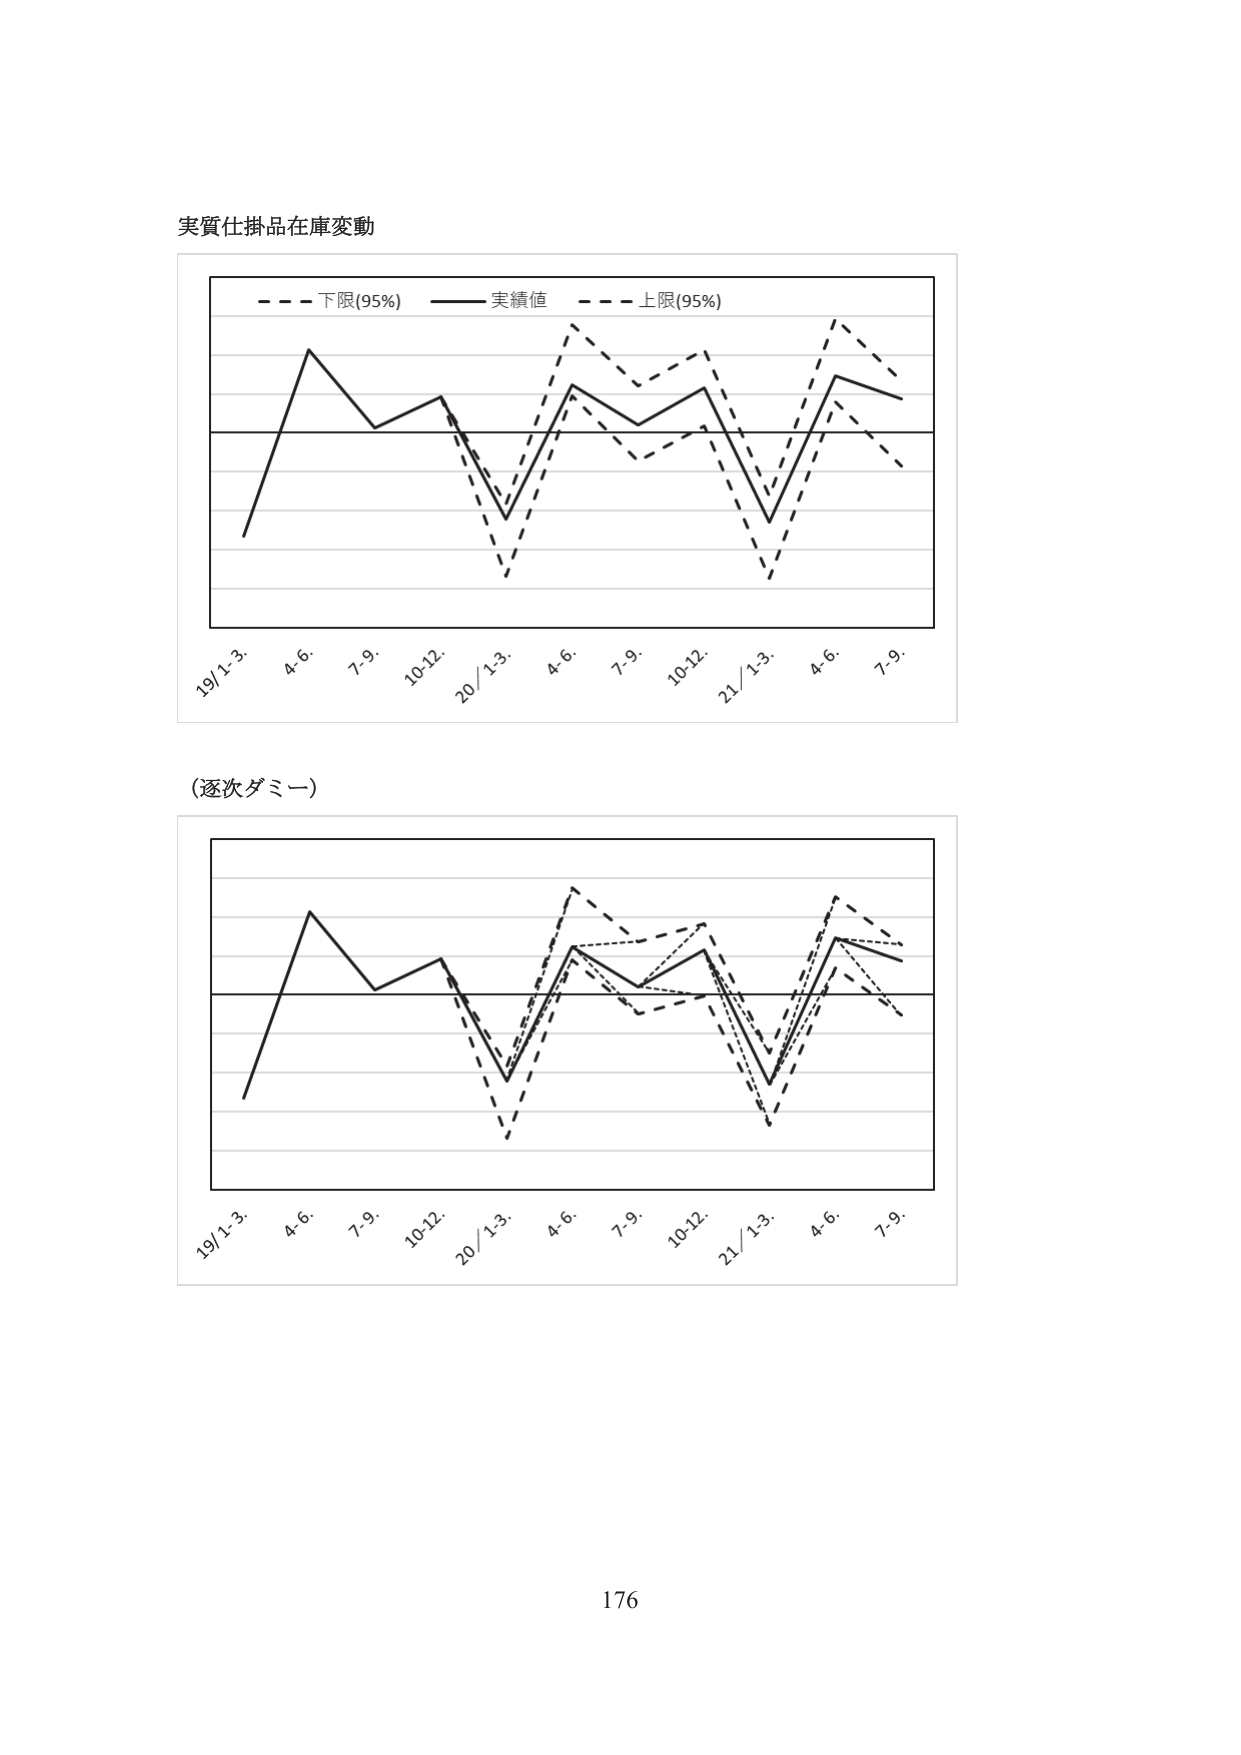
実質仕掛品在庫変動

- - - 下限(95%) —— 実績値 - - - 上限(95%)

19/1-3. 4.6. 7.9. 10-12. 20/1-3. 4.6. 7.9. 10-12. 21/1-3. 4.6. 7.9.

(逐次ダミー)

19/1-3. 4.6. 7.9. 10-12. 20/1-3. 4.6. 7.9. 10-12. 21/1-3. 4.6. 7.9.

176